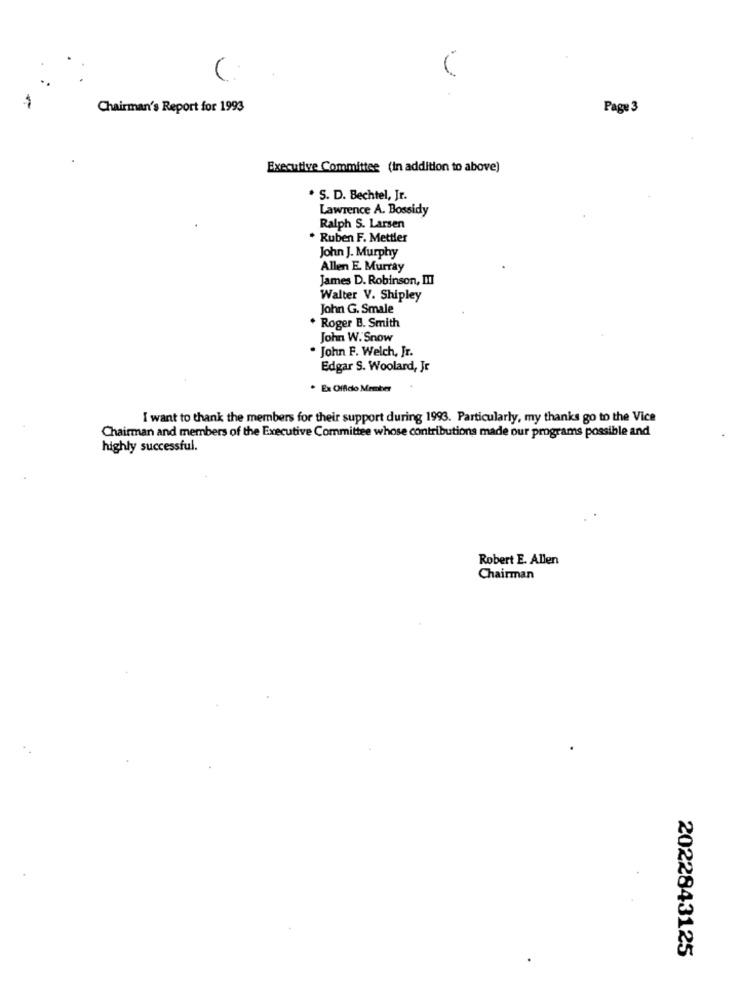
Chairman's Report for 1993
Page 3
Executive Committee (in addition to above)
. S. D. Bechtel, Jr.
Lawrence A. Bossidy
Ralph S. Larsen
Ruben F. Mettler
John J. Murphy
Allen E. Murray
James D. Robinson, III
Walter V. Shipley
John G. Smale
. Roger B. Smith
John W. Snow
. John F. Welch, Jr.
Edgar S. Woolard, Jr
. Ex Offido Member
I want to thank the members for their support during 1993. Particularly, my thanks go to the Vice
Chairman and members of the Executive Committee whose contributions made our programs possible and
highly successful.
Robert E. Allen
Chairman
2022843125